Report of an investigation of the epidemic of malarial fever in Assam, or, kala-azar
Disease focus: Malaria
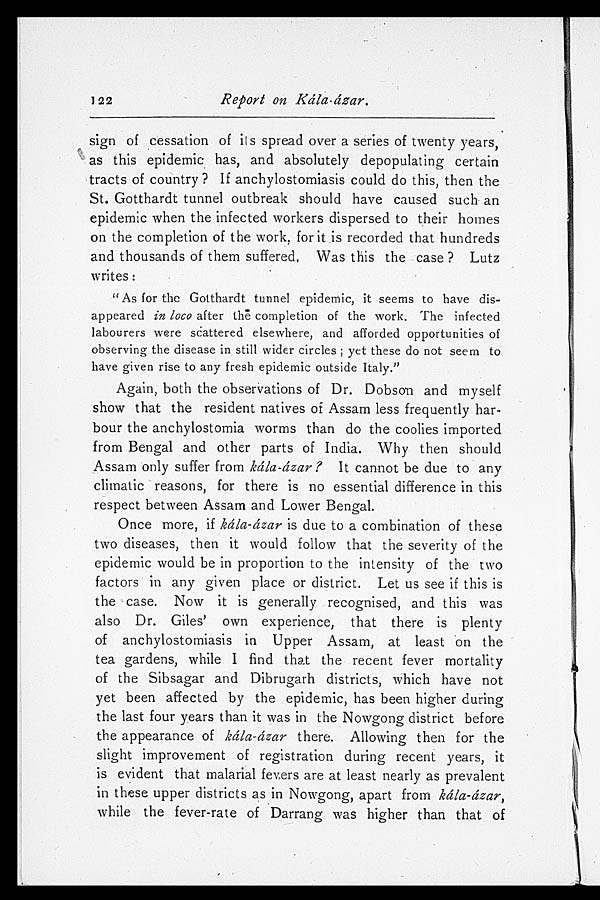
122
Report on Kála-ázar.
sign of cessation of its spread over a series of twenty years,
as this epidemic has, and absolutely depopulating certain
tracts of country? If anchylostomiasis could do this, then the
St. Gotthardt tunnel outbreak should have caused such an
epidemic when the infected workers dispersed to their homes
on the completion of the work, for it is recorded that hundreds
and thousands of them suffered. Was this the case? Lutz
writes:
"As for the Gotthardt tunnel epidemic, it seems to have dis
- a p p e a r e d
i n l o c o
a f t e r t h e c o m p l e t i o n o f t h e w o r k . T h e i n f e c t e d
labourers were scattered elsewhere, and afforded opportunities of
observing the disease in still wider circles; yet these do not seem to
have given rise to any fresh epidemic outside Italy."
Again, both the observations of Dr. Dobson and myself
show that the resident natives of Assam less frequently har
- b o u r t h e a n c h y l o s t o m i a w o r m s t h a n d o t h e c o o l i e s i m p o r t e d
from Bengal and other parts of India. Why then should
Assam only suffer from kála-ázar? It cannot be due to any
climatic reasons, for there is no essential difference in this
respect between Assam and Lower Bengal.
Once more, if kála-ázar is due to a combination of these
two diseases, then it would follow that the severity of the
epidemic would be in proportion to the intensity of the two
factors in any given place or district. Let us see if this is
the case. Now it is generally recognised, and this was
also Dr. Giles' own experience, that there is plenty
of anchylostomiasis in Upper Assam, at least on the
tea gardens, while I find that the recent fever mortality
of the Sibsagar and Dibrugarh districts, which have not
yet been affected by the epidemic, has been higher during
the last four years than it was in the Nowgong district before
the appearance of kála-ázar there. Allowing then for the
slight improvement of registration during recent years, it
is evident that malarial fevers are at least nearly as prevalent
in these upper districts as in Nowgong, apart from kála-ázar,
while the fever-rate of Darrang was higher than that of